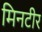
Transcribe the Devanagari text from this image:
मिनटीर